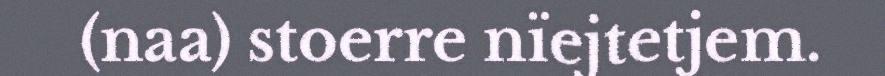
(naa) stoerre nïejtetjem.